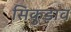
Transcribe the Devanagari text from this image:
सिकुड़ाव